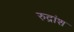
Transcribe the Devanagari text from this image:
रुद्रांश